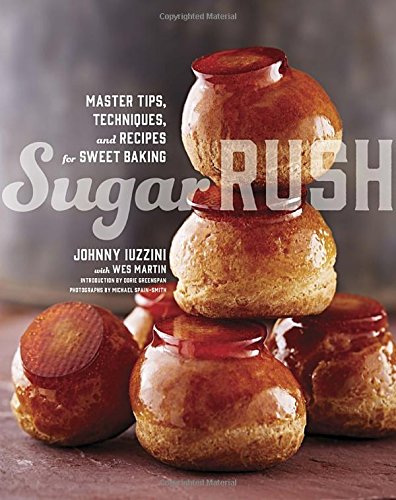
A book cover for Sugar Rush: Master Tips, Techniques, and Recipes for Sweet Baking; Johnny Iuzzini; Cookbooks, Food & Wine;